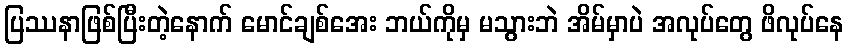
ပြဿနာဖြစ်ပြီးတဲ့နောက် မောင်ချစ်အေး ဘယ်ကိုမှ မသွားဘဲ အိမ်မှာပဲ အလုပ်တွေ ဖိလုပ်နေ